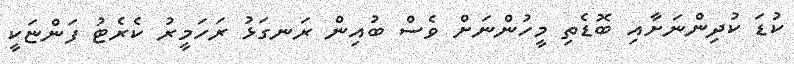
ކުޑަ ކުދިންނަށާއި ބޮޑެތި މީހުންނަށް ވެސް ބުއިން ރަނގަޅު ރަހަމީރު ކެރެޓު ފަންޏަކީ